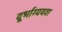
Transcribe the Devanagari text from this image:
दूर्भाग्यवश